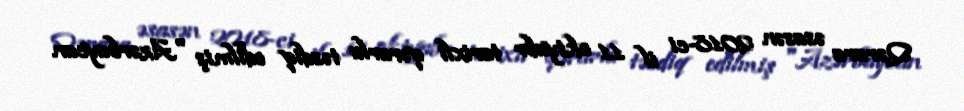
Qərara əsasən 2018-ci il 11 oktyabr tarixli qərarla təsdiq edilmiş "Azərbaycan